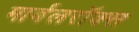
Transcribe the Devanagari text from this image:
मार्बलरॉक्स